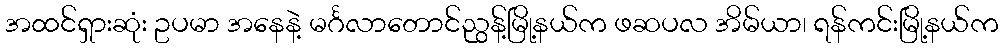
အထင်ရှားဆုံး ဥပမာ အနေနဲ့ မင်္ဂလာတောင်ညွန့်မြို့နယ်က ဖဆပလ အိမ်ယာ၊ ရန်ကင်းမြို့နယ်က